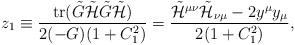
LaTeX: \begin{align*}z_1\equiv\frac{{\rm tr}(\tilde{G}\tilde{{\cal H}}\tilde{G}\tilde{{\cal H}})}{2(-G)(1+C_1^2)} =\frac{\tilde{{\cal H}}^{\mu\nu}\tilde{{\cal H}}_{\nu\mu}-2y^{\mu} y_{\mu}}{2(1+C_1^2)}, \end{align*}